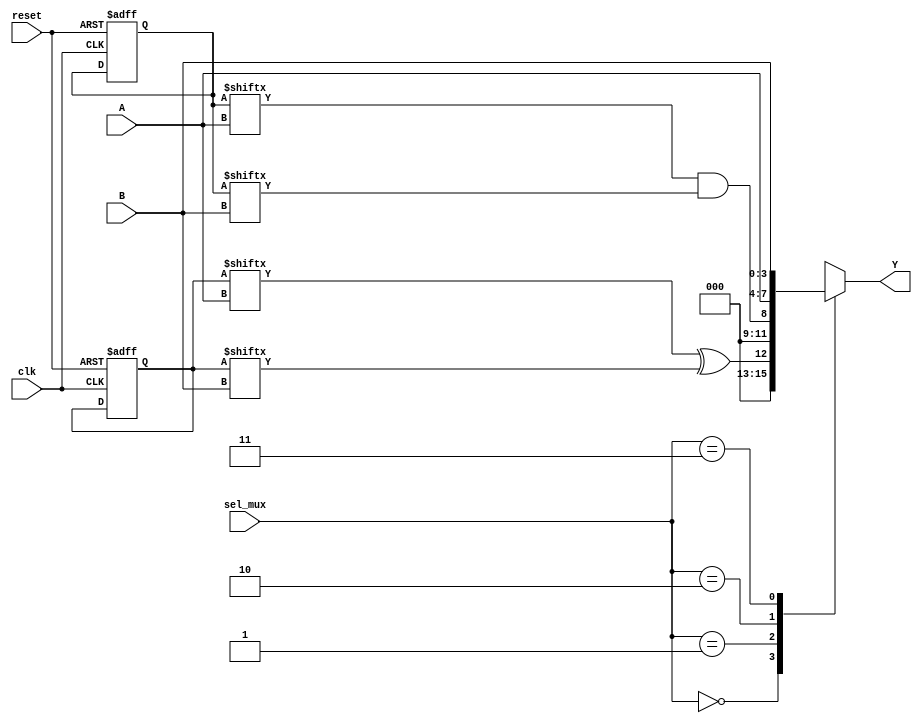
module CLB (
    input wire [3:0] A,          // 4-bit input vector
    input wire [3:0] B,          // 4-bit input vector
    input wire [1:0] sel_mux,     // Multiplexer select lines
    input wire clk,               // Clock signal for control logic
    input wire reset,             // Reset signal for control logic
    output wire [3:0] Y           // 4-bit output vector
);

// LUTs: Each LUT can implement any combinational function of 4 inputs
reg [15:0] LUT1; // LUT1 configuration
reg [15:0] LUT2; // LUT2 configuration
wire [3:0] lut1_out;
wire [3:0] lut2_out;

// Multiplexer for selecting between LUT outputs or other signals
reg [3:0] mux_out;

// Control logic for LUTs (simplified for example)
always @(posedge clk or posedge reset) begin
    if (reset) begin
        // Initialize LUT configurations (example configuration)
        LUT1 <= 16'hAAAA; // Example: A XOR B
        LUT2 <= 16'h5555; // Example: A AND B
    end
end

// LUT implementation
assign lut1_out = LUT1[A] ^ LUT1[B]; // Example function for LUT1
assign lut2_out = LUT2[A] & LUT2[B]; // Example function for LUT2

// Multiplexer implementation
always @(*) begin
    case (sel_mux)
        2'b00: mux_out = lut1_out; // Select output from LUT1
        2'b01: mux_out = lut2_out; // Select output from LUT2
        2'b10: mux_out = A;        // Select input A
        2'b11: mux_out = B;        // Select input B
        default: mux_out = 4'b0000; // Default case
    endcase
end

// Output assignment
assign Y = mux_out;

endmodule